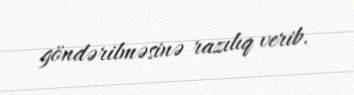
göndərilməsinə razılıq verib.